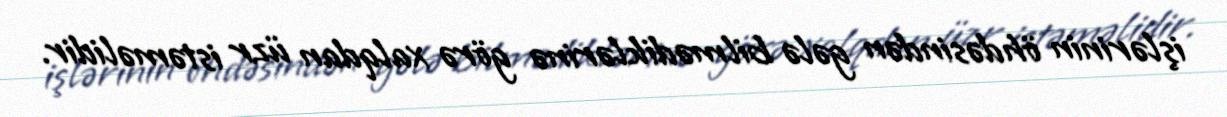
işlərinin öhdəsindən gələ bilmədiklərinə görə xalqdan üzr istəməlidir.